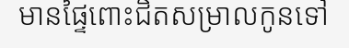
មានផ្ទៃពោះជិតសម្រាលកូនទៅ